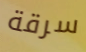
سرقة